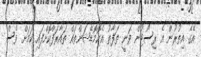
އޭގެ އިތުރުން އެ ރިސޯޓުން ވަނީ ތަފާތު އެކޮމޮޑޭޝަންތައް ތައާރަފްކޮށްފައި ކަމަށް ވެސް